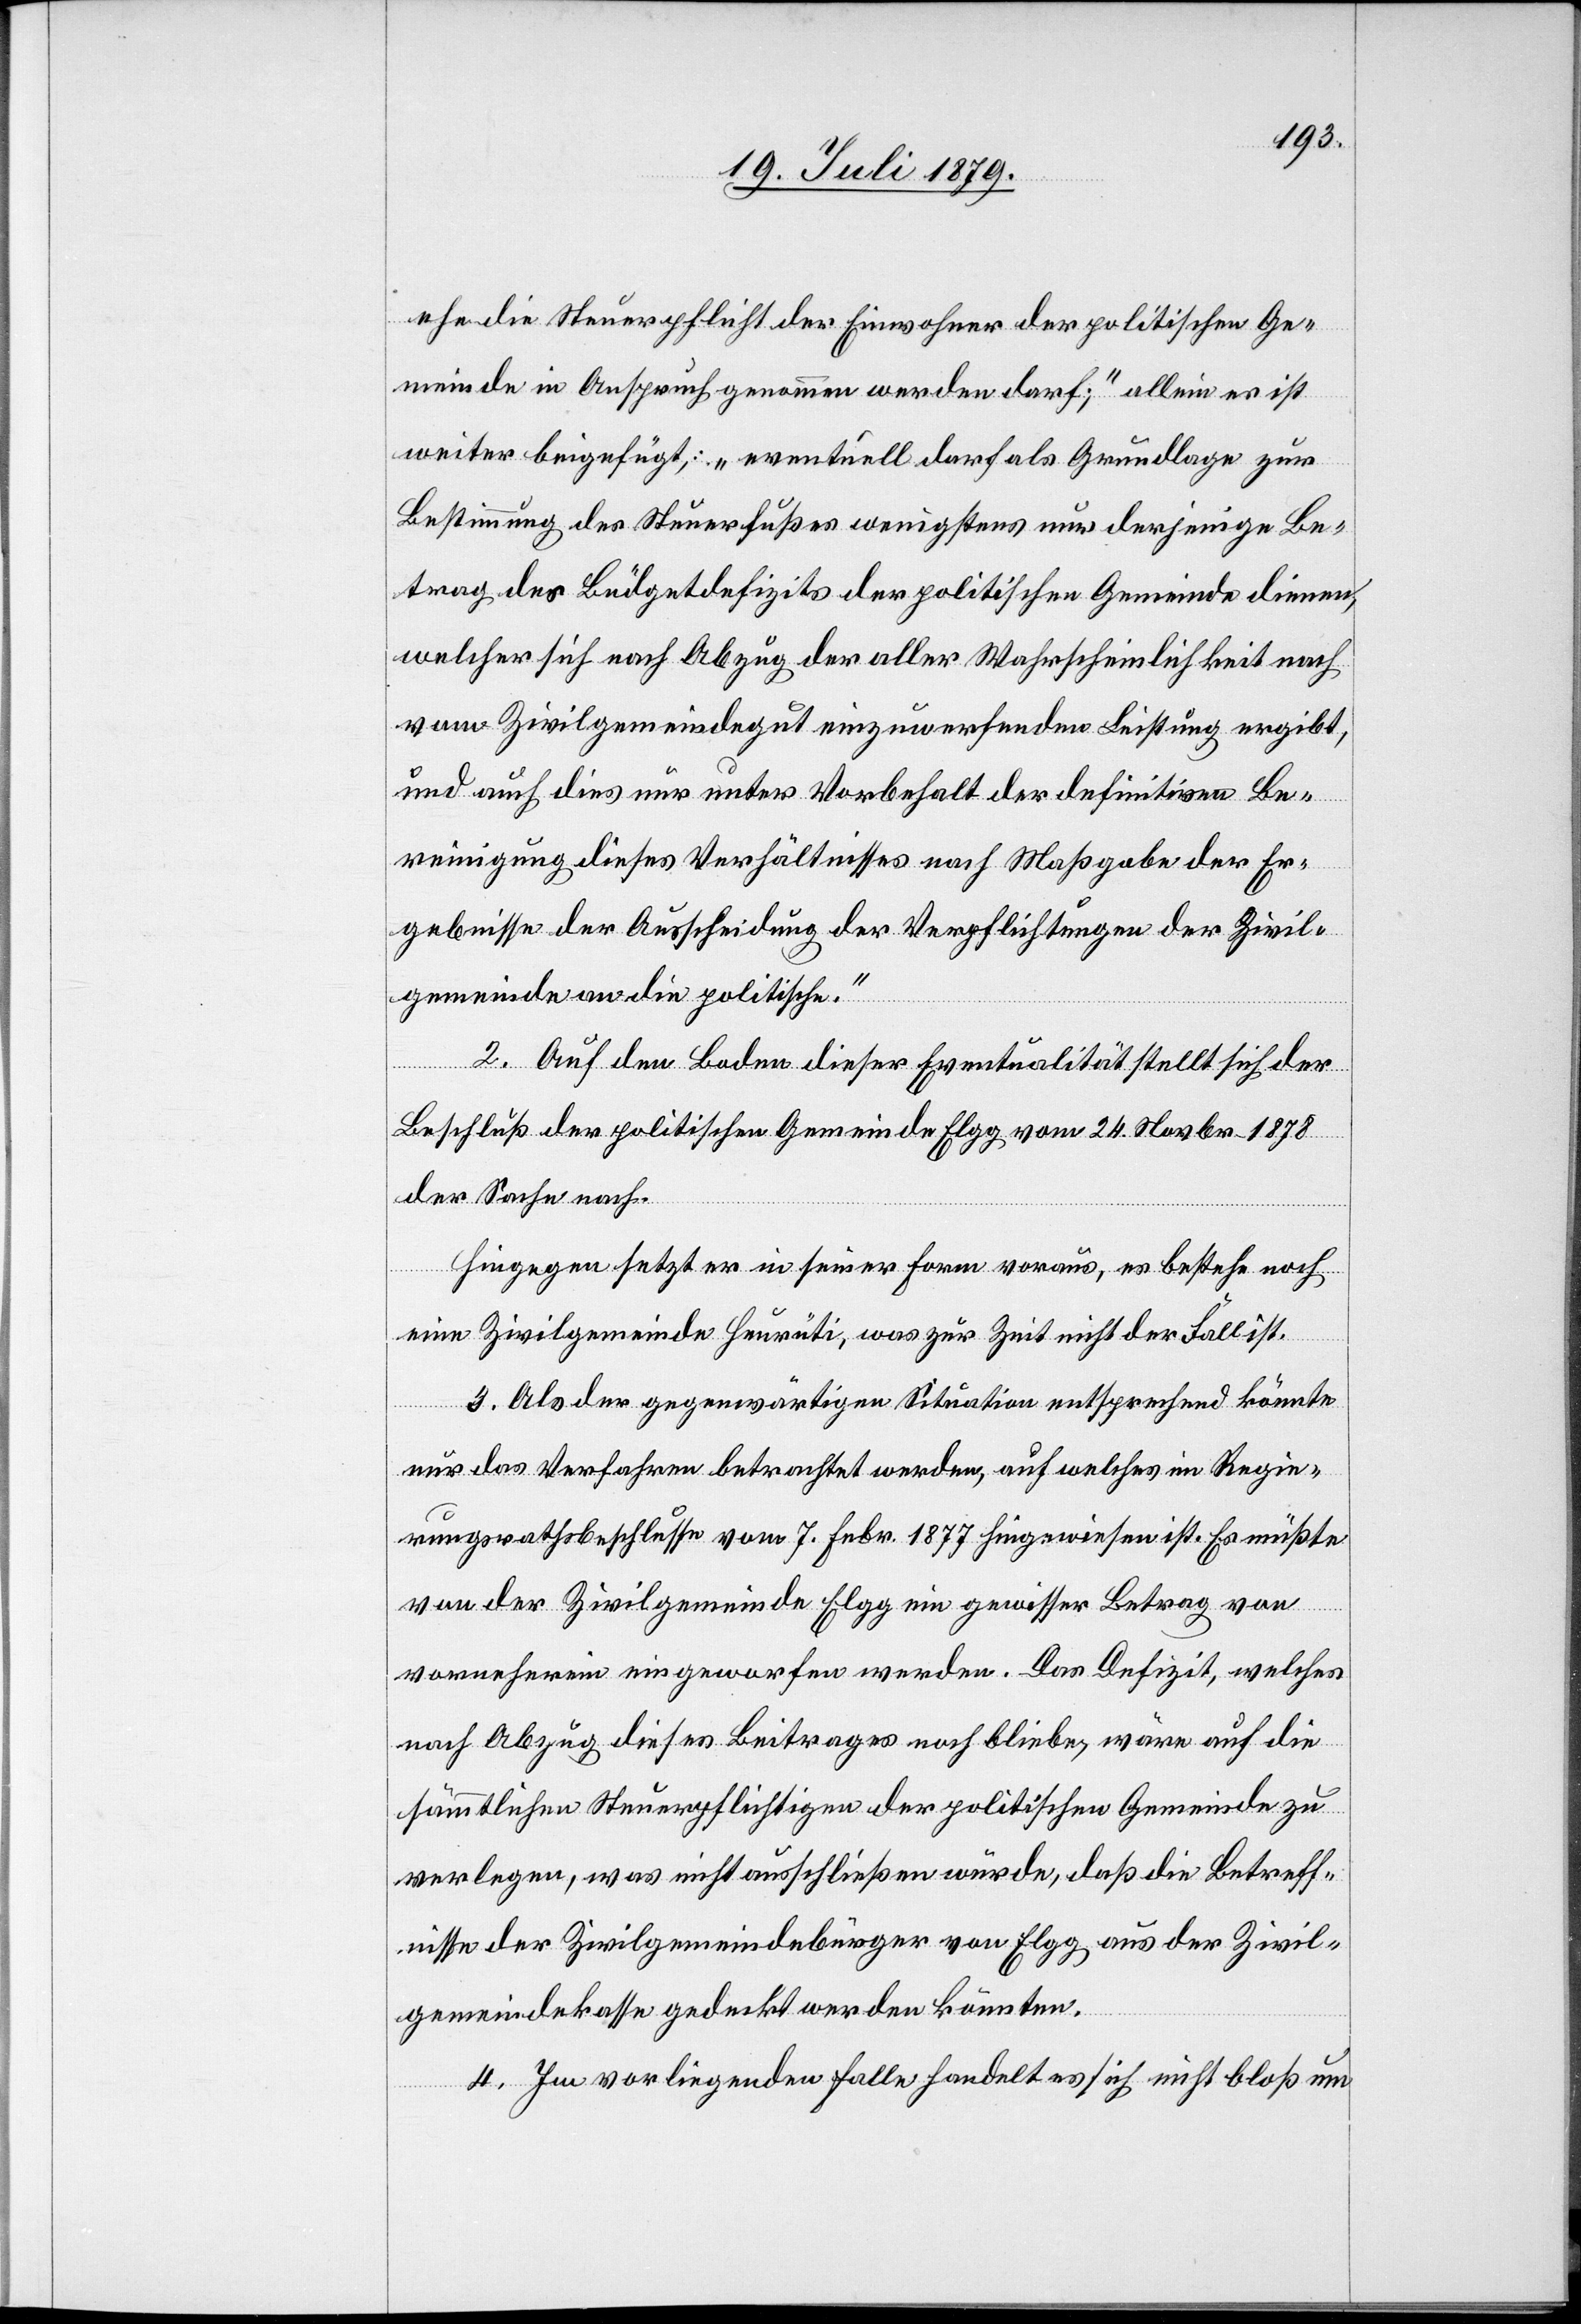
ehe die Steuerpflicht der Einwohner der politischen Ge¬
meinde in Anspruch genommen werden darf;“ allein es ist
weiter beigefügt: „eventuell darf als Grundlage zur
Bestimmung des Steuerfußes wenigstens nur derjenige Be¬
trag des Büdgetdefizits der politischen Gemeinde dienen,
welcher sich nach Abzug der aller Wahrscheinlichkeit nach
vom Zivilgemeindegut einzuwerfenden Leistung ergibt,
und auch dies nur unter Vorbehalt der definitiven Be¬
reinigung dieses Verhältnisses nach Maßgabe der Er¬
gebnisse der Ausscheidung der Verpflichtungen der Zivil¬
gemeinde an die politische.“
2. Auf dem Boden dieser Eventualität stellt sich der
Beschluß der politischen Gemeinde Elgg vom 24. Novbr. 1878
der Sache nach.
Hiegegen setzt er in seiner Form voraus, es bestehe noch
eine Zivilgemeinde Heurüti, was zur Zeit nicht der Fall ist.
3. Als der gegenwärtigen Situation entsprechend könnte
nur das Verfahren betrachtet werden, auf welches im Regie¬
rungsrathsbeschlusse vom 7. Febr. 1877 hingewiesen ist. Es müßte
von der Zivilgemeinde Elgg ein gewisser Betrag von
vornherein eingeworfen werden. Das Defizit, welches
nach Abzug dieses Beitrages noch bliebe, wäre auf die
sämmtlichen Steuerpflichtigen der politischen Gemeinde zu
verlegen, was nicht ausschließen würde, daß die Betreff¬
nisse der Zivilgemeindebürger von Elgg aus der Zivil¬
gemeindekasse gedeckt werden könnten.
4. Im vorliegenden Falle handelt es sich nicht bloß um